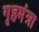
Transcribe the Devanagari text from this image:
गृहमंत्रा